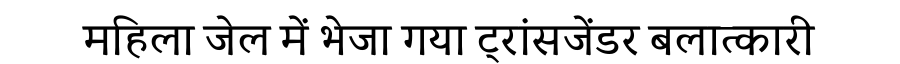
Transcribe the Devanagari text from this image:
महिला जेल में भेजा गया ट्रांसजेंडर बलात्कारी